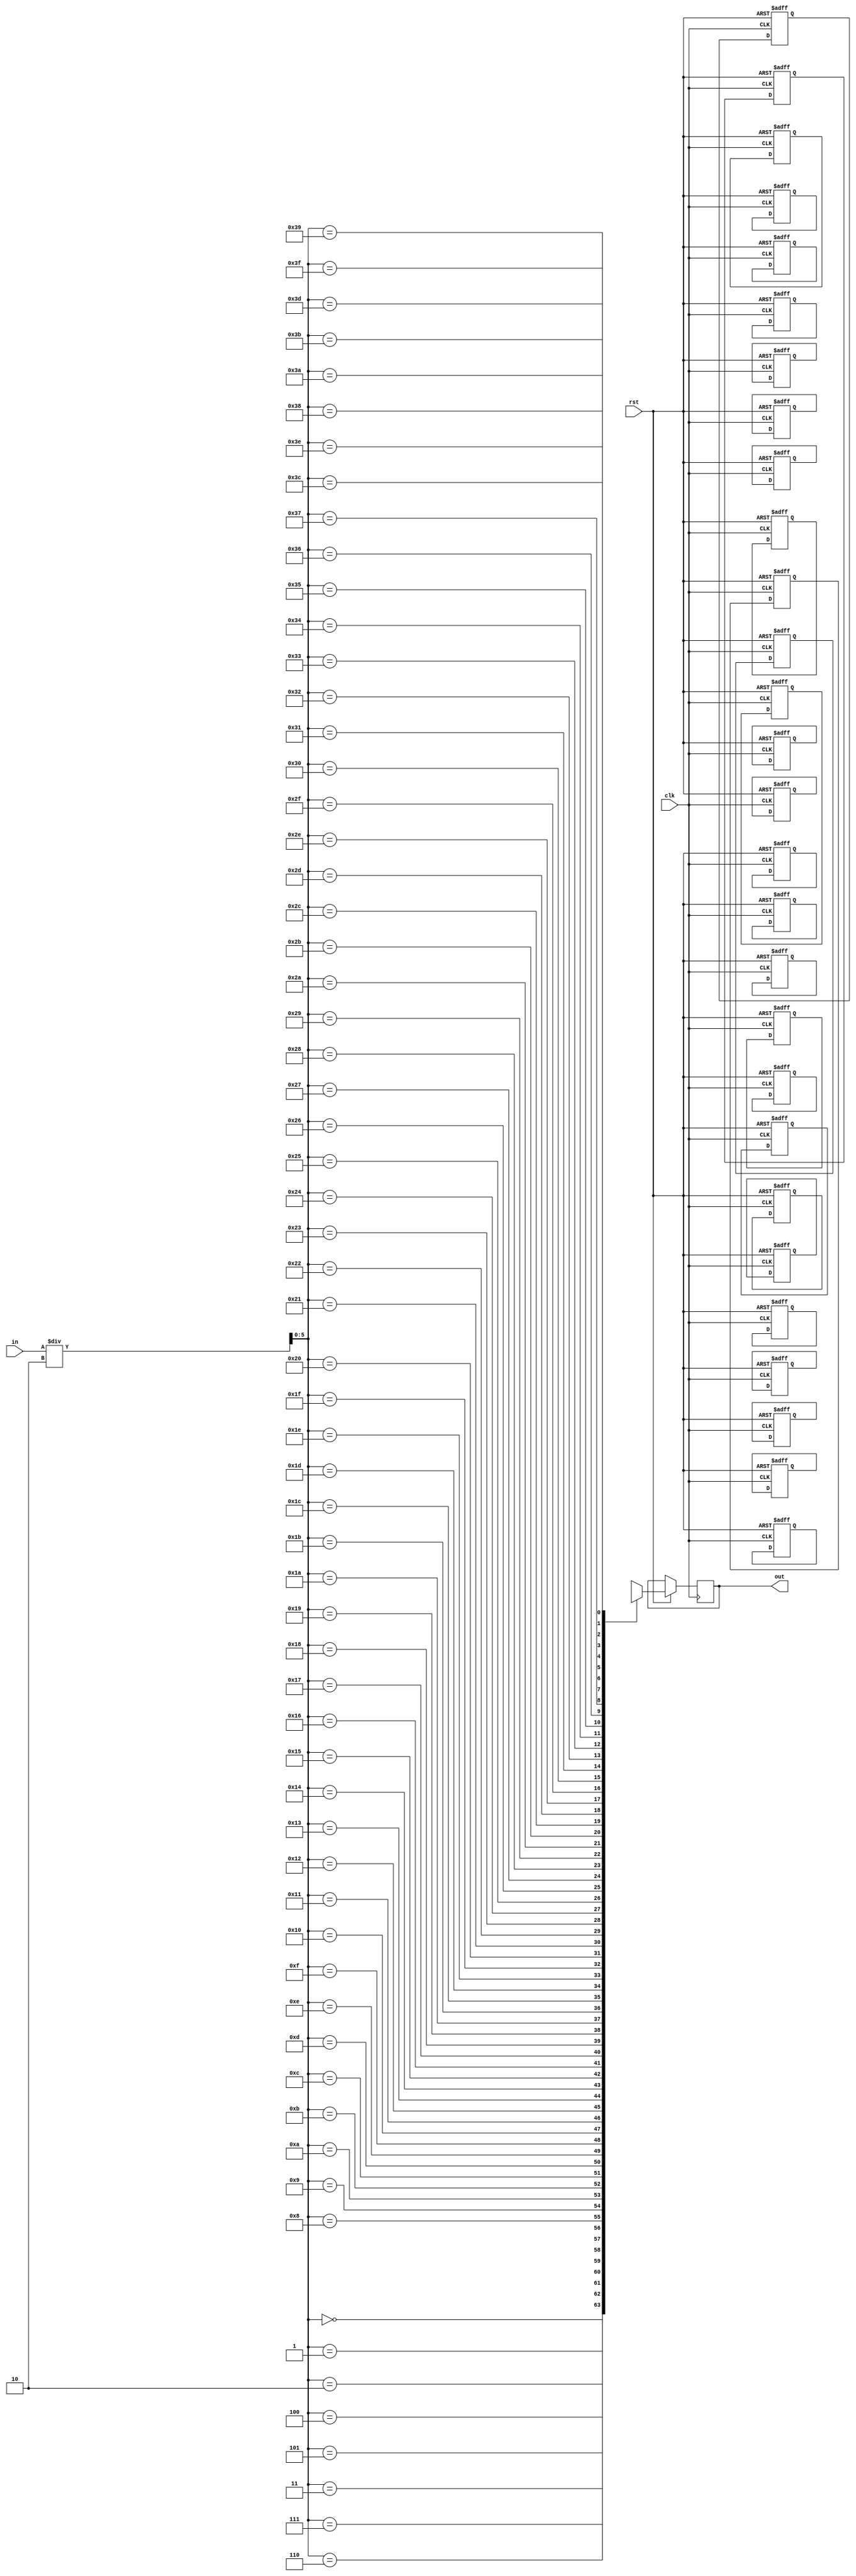
module INS#(parameter SIZE=64, NS=15)
	(output reg[15:0] out,
	input [NS:0] in,
	input clk, 
	input rst
	);
integer i;
reg[15:0] data [SIZE-1:0];

always@(posedge clk, negedge rst)
begin
	if(!rst)
	begin
		//ADD R1 R2
		data[0]=16'b1111000100100000; //data[0]=16'hF120;
		//SUB R1 R2
		data[1]=16'b1111000100100001; // data[1] 16'hF121
		//ORi R3 FF
		data[2]=16'h93FF;
		//ANDi R3 4C
		data[3]=16'h834C;
		//MUL R5 R6
		data[4]=16'hF564;
		//DIV R1 R5
		data[5]=16'hF155;
		//SUB R15 R15
		data[6]=16'hFFF1;
		//MOV R4, R8
		data[7]=16'hF487;
		//SWP R4 R6
		data[8]=16'hF468;
		//ORI R4 2
		data[9]=16'h9402;
		//LBU R6 4(R9)
		data[10]=16'hA694;		
		//SB R6, 6(R9)
		data[11]=16'hB696;
		//LW R6 6(R9)
		data[12]=16'hC696;
		//BEQ R7 4	
		data[13]=16'h6704;
		//ADD R11 R1
		data[14]=16'hFB10;
		//BLT R7 5		
		data[15]=16'h5705;
		//ADD R11 R2
		data[16]=16'hFB20;
		//BGT R7 2
		data[17]=16'h4702;
		//ADD R1 R1
		data[18]=16'hF110;
		//ADD R1 R1
		data[19]=16'hF110;
		//LW R8 0(R9)
		data[20]=16'hC890;
		//ADD R8 R8
		data[21]=16'hF880;
		//SW R8 2(R9)
		data[22]=16'hD892;
		//LW R10 2(R9)
		data[23]=16'hCA92;
		//ADD R12 R12
		data[24]=16'hFCC0;
		//SUB R13 R13
		data[25]=16'hFDD1;
		//ADD R12 R13
		data[26]=16'hFCD0;
		//EFFF
		data[27]=16'hEFFF;



	end
	else if(clk)
		//case(in)
		//	8'h00: out = data[0];
		//	8'h02: out = data[1];
		//	8'h04: out = data[2];
		//	8'h06: out = data[3];
		//	8'h08: out = data[4];
		//	8'h0A: out = data[5];
		//endcase
		out = data[in/2];		
end
endmodule